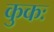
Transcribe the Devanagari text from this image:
कुकः